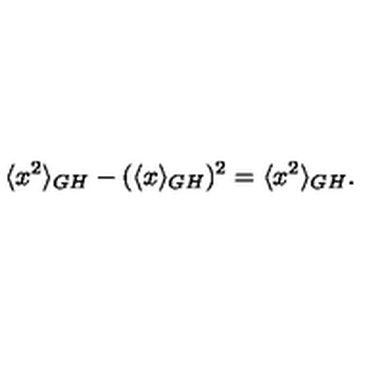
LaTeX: \langle x ^ { 2 } \rangle _ { G H } - ( \langle x \rangle _ { G H } ) ^ { 2 } = \langle x ^ { 2 } \rangle _ { G H } .